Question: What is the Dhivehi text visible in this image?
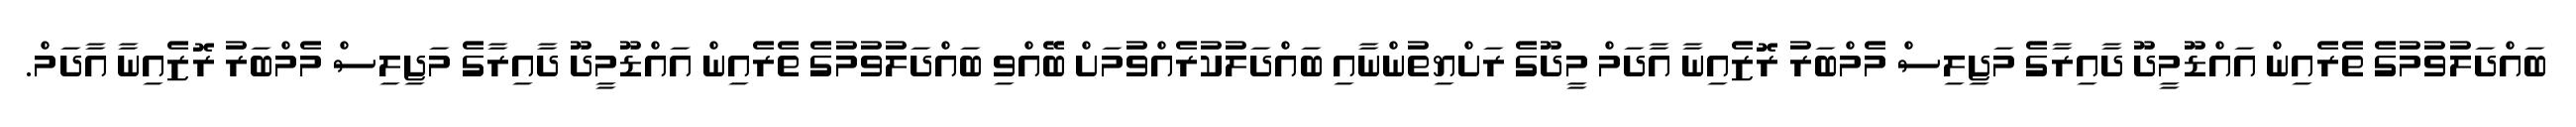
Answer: ބައްދަލުވުމުގެ ތެރެއިން އައްޑޫމީދޫ ދާއިރާގެ މަޖިލިސް މެމްބަރު ރޮޒެއިނާ އާދަމް މީދޫގެ ރަށްޔިތުންނާއި ބައްދަލުކުރެއްވުމަށް ބޭއްވި ބައްދަލުވުމުގެ ތެރެއިން އައްޑޫމީދޫ ދާއިރާގެ މަޖިލިސް މެމްބަރު ރޮޒެއިނާ އާދަމް.